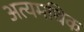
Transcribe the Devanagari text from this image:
अत्यमधिक